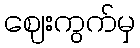
ဈေးကွက်မှ